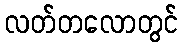
လတ်တလောတွင်